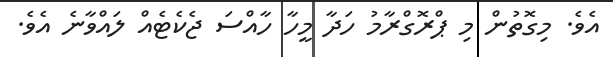
އެވެ. މިގޮތުން މި ޕްރޮގްރާމު ހަދާ މީހާ ހާއްސަ ޖެކެޓެއް ލައްވާނެ އެވެ.